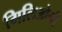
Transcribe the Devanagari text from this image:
गिलिओमी